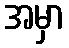
အမှာ